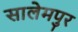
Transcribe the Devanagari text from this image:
सालेमपुर